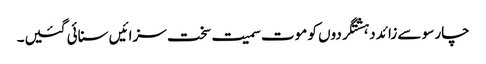
چار سو سے زائد دہشتگردوں کو موت سمیت سخت سزائیں سنائی گئیں۔